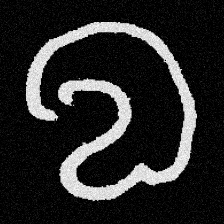
Pyu character \u2014 Myanmar letter: လ (romanized: la)